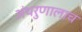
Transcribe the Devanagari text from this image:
अंथरुणालाच